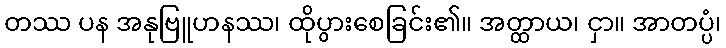
တဿ ပန အနုဗြူဟနဿ၊ ထိုပွားစေခြင်း၏။ အတ္ထာယ၊ ငှာ။ အာတပ္ပံ၊